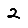
Digit: 2